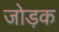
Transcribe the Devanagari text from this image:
जोड़क